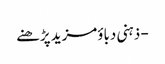
- ذہنی دباؤمزید پڑھنے